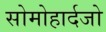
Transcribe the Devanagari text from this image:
सोमोहार्दजो